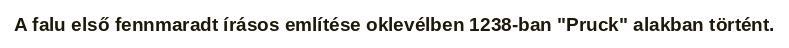
A falu első fennmaradt írásos említése oklevélben 1238-ban "Pruck" alakban történt.